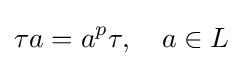
\tau a=a^{p}\tau ,\quad a\in L